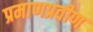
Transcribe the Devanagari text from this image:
प्रमाणप्रवीण